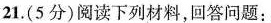
21.(5分)阅读下列材料，回答问题：